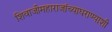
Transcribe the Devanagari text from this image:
शिवाजीमहाराजांच्याघराण्याशी